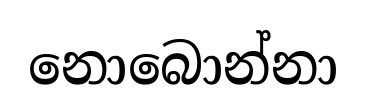
නොබොන්නා